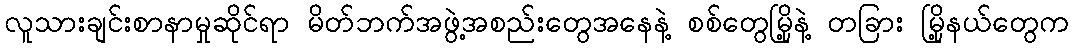
လူသားချင်းစာနာမှုဆိုင်ရာ မိတ်ဘက်အဖွဲ့အစည်းတွေအနေနဲ့ စစ်တွေမြို့နဲ့ တခြား မြို့နယ်တွေက